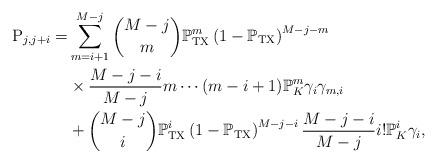
LaTeX: \begin{align*} {\rm P}_{j,j+i} =&\sum^{M-j}_{m=i+1} {M-j \choose m} \mathbb{P}_{\rm TX}^m \left(1- \mathbb{P}_{\rm TX}\right) ^{M-j-m} \\ &\times \frac{M-j-i}{M-j}m \cdots (m-i+1)\mathbb{P}_K^{m} \gamma_i \gamma_{m,i} \\ &+{M-j \choose i} \mathbb{P}_{\rm TX}^i \left(1- \mathbb{P}_{\rm TX}\right) ^{M-j-i} \frac{M-j-i}{M-j}i! \mathbb{P}_K^{i}\gamma_i , \end{align*}